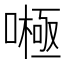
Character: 𱔶